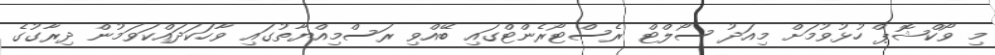
މި ވޯކްޝޮޕް ހުޅުވުމަށް މިއަދު ސޯލްޓް ރެސްޓޯރެންޓްގައި ބޭއްވި ރަސްމިއްޔާތުގައި ވާހަކަދައްކަވަމުން ދިރާގުގެ